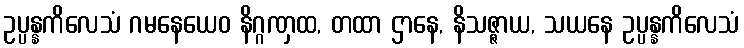
ဥပ္ပန္နကိလေသံ ဂမနေယေဝ နိဂ္ဂဏှထ, တထာ ဌာနေ, နိသဇ္ဇာယ, သယနေ ဥပ္ပန္နကိလေသံ